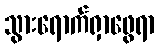
သွားရောက်ရှာဖွေရာ